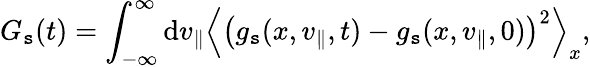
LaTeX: G_{\mathtt{s}}(t)=\int_{-\infty}^{\infty}\mathrm{{d}}v_{\parallel}\left\langle\left(g_{\mathtt{s}}(x,v_{\parallel},t)-g_{\mathtt{s}}(x,v_{\parallel},0)\right)^{2}\right\rangle_{x},